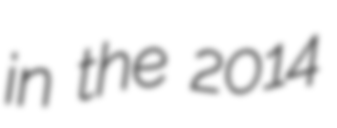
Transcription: in the 2014